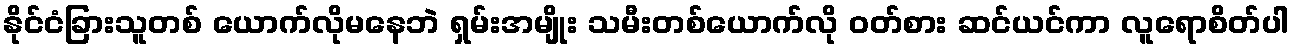
နိုင်ငံခြားသူတစ် ယောက်လိုမနေဘဲ ရှမ်းအမျိုး သမီးတစ်ယောက်လို ဝတ်စား ဆင်ယင်ကာ လူရောစိတ်ပါ